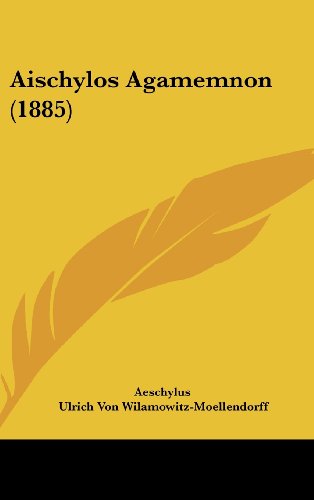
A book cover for Aischylos Agamemnon (1885); Aeschylus; Literature & Fiction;